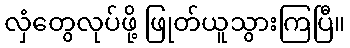
လှံတွေလုပ်ဖို့ ဖြုတ်ယူသွားကြပြီ။